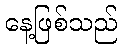
နေ့ဖြစ်သည်